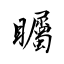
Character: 矚